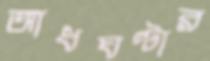
আধঘণ্টার